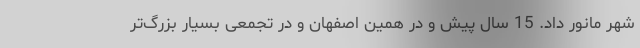
شهر مانور داد. 15 سال پیش و در همین اصفهان و در تجمعی بسیار بزرگ‌تر